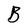
Character: B